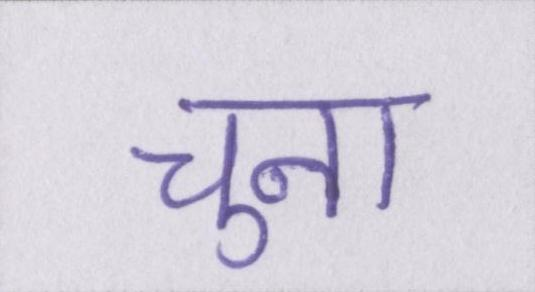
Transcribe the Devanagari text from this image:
चुना